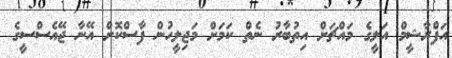
އަފްރާޝީމް އަލީގެ މައްޗަށް އިތުބާރު ނެތް ކަމަށް މަޖިލީހުން ފާސްކޮށް އޭނާ ޖޭއެސްސީގެ